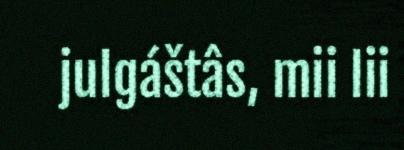
julgáštâs, mii lii